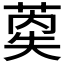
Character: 𰱤